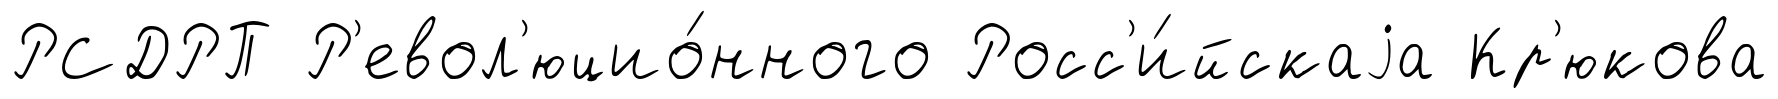
РСДРП Р'евол'юцио́нного Росс'и́йскаjа Кр'юкова